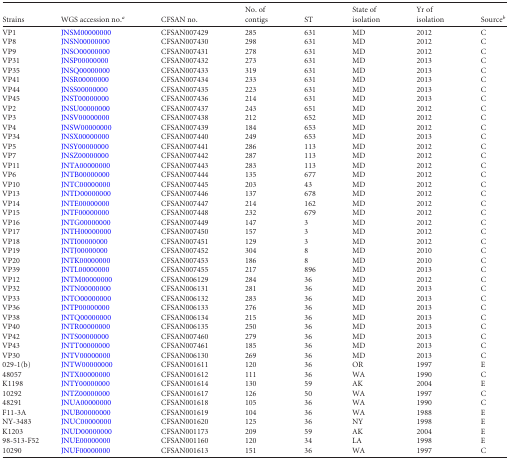
<table><thead><tr><td><b>Strains</b></td><td><b>WGS accession no.<sup><i>a</i></sup></b></td><td><b>CFSAN no.</b></td><td><b>No. of contigs</b></td><td><b>ST</b></td><td><b>State of isolation</b></td><td><b>Yr of isolation</b></td><td><b>Source<sup><i>b</i></sup></b></td></tr></thead><tbody><tr><td>VP1</td><td>JNSM00000000</td><td>CFSAN007429</td><td>285</td><td>631</td><td>MD</td><td>2012</td><td>C</td></tr><tr><td>VP8</td><td>JNSN00000000</td><td>CFSAN007430</td><td>298</td><td>631</td><td>MD</td><td>2012</td><td>C</td></tr><tr><td>VP9</td><td>JNSO00000000</td><td>CFSAN007431</td><td>278</td><td>631</td><td>MD</td><td>2012</td><td>C</td></tr><tr><td>VP31</td><td>JNSP00000000</td><td>CFSAN007432</td><td>273</td><td>631</td><td>MD</td><td>2013</td><td>C</td></tr><tr><td>VP35</td><td>JNSQ00000000</td><td>CFSAN007433</td><td>319</td><td>631</td><td>MD</td><td>2013</td><td>C</td></tr><tr><td>VP41</td><td>JNSR00000000</td><td>CFSAN007434</td><td>233</td><td>631</td><td>MD</td><td>2013</td><td>C</td></tr><tr><td>VP44</td><td>JNSS00000000</td><td>CFSAN007435</td><td>223</td><td>631</td><td>MD</td><td>2013</td><td>C</td></tr><tr><td>VP45</td><td>JNST00000000</td><td>CFSAN007436</td><td>214</td><td>631</td><td>MD</td><td>2013</td><td>C</td></tr><tr><td>VP2</td><td>JNSU00000000</td><td>CFSAN007437</td><td>243</td><td>651</td><td>MD</td><td>2012</td><td>C</td></tr><tr><td>VP3</td><td>JNSV00000000</td><td>CFSAN007438</td><td>212</td><td>652</td><td>MD</td><td>2012</td><td>C</td></tr><tr><td>VP4</td><td>JNSW00000000</td><td>CFSAN007439</td><td>184</td><td>653</td><td>MD</td><td>2012</td><td>C</td></tr><tr><td>VP34</td><td>JNSX00000000</td><td>CFSAN007440</td><td>249</td><td>653</td><td>MD</td><td>2013</td><td>C</td></tr><tr><td>VP5</td><td>JNSY00000000</td><td>CFSAN007441</td><td>286</td><td>113</td><td>MD</td><td>2012</td><td>C</td></tr><tr><td>VP7</td><td>JNSZ00000000</td><td>CFSAN007442</td><td>287</td><td>113</td><td>MD</td><td>2012</td><td>C</td></tr><tr><td>VP11</td><td>JNTA00000000</td><td>CFSAN007443</td><td>283</td><td>113</td><td>MD</td><td>2012</td><td>C</td></tr><tr><td>VP6</td><td>JNTB00000000</td><td>CFSAN007444</td><td>135</td><td>677</td><td>MD</td><td>2012</td><td>C</td></tr><tr><td>VP10</td><td>JNTC00000000</td><td>CFSAN007445</td><td>203</td><td>43</td><td>MD</td><td>2012</td><td>C</td></tr><tr><td>VP13</td><td>JNTD00000000</td><td>CFSAN007446</td><td>137</td><td>678</td><td>MD</td><td>2012</td><td>C</td></tr><tr><td>VP14</td><td>JNTE00000000</td><td>CFSAN007447</td><td>214</td><td>162</td><td>MD</td><td>2012</td><td>C</td></tr><tr><td>VP15</td><td>JNTF00000000</td><td>CFSAN007448</td><td>232</td><td>679</td><td>MD</td><td>2012</td><td>C</td></tr><tr><td>VP16</td><td>JNTG00000000</td><td>CFSAN007449</td><td>147</td><td>3</td><td>MD</td><td>2012</td><td>C</td></tr><tr><td>VP17</td><td>JNTH00000000</td><td>CFSAN007450</td><td>157</td><td>3</td><td>MD</td><td>2012</td><td>C</td></tr><tr><td>VP18</td><td>JNTI00000000</td><td>CFSAN007451</td><td>129</td><td>3</td><td>MD</td><td>2012</td><td>C</td></tr><tr><td>VP19</td><td>JNTJ00000000</td><td>CFSAN007452</td><td>304</td><td>8</td><td>MD</td><td>2010</td><td>C</td></tr><tr><td>VP20</td><td>JNTK00000000</td><td>CFSAN007453</td><td>186</td><td>8</td><td>MD</td><td>2010</td><td>C</td></tr><tr><td>VP39</td><td>JNTL00000000</td><td>CFSAN007455</td><td>217</td><td>896</td><td>MD</td><td>2013</td><td>C</td></tr><tr><td>VP12</td><td>JNTM00000000</td><td>CFSAN006129</td><td>284</td><td>36</td><td>MD</td><td>2012</td><td>C</td></tr><tr><td>VP32</td><td>JNTN00000000</td><td>CFSAN006131</td><td>281</td><td>36</td><td>MD</td><td>2013</td><td>C</td></tr><tr><td>VP33</td><td>JNTO00000000</td><td>CFSAN006132</td><td>283</td><td>36</td><td>MD</td><td>2013</td><td>C</td></tr><tr><td>VP36</td><td>JNTP00000000</td><td>CFSAN006133</td><td>276</td><td>36</td><td>MD</td><td>2013</td><td>C</td></tr><tr><td>VP38</td><td>JNTQ00000000</td><td>CFSAN006134</td><td>215</td><td>36</td><td>MD</td><td>2013</td><td>C</td></tr><tr><td>VP40</td><td>JNTR00000000</td><td>CFSAN006135</td><td>250</td><td>36</td><td>MD</td><td>2013</td><td>C</td></tr><tr><td>VP42</td><td>JNTS00000000</td><td>CFSAN007460</td><td>279</td><td>36</td><td>MD</td><td>2013</td><td>C</td></tr><tr><td>VP43</td><td>JNTT00000000</td><td>CFSAN007461</td><td>185</td><td>36</td><td>MD</td><td>2013</td><td>C</td></tr><tr><td>VP30</td><td>JNTV00000000</td><td>CFSAN006130</td><td>269</td><td>36</td><td>MD</td><td>2013</td><td>C</td></tr><tr><td>029-1(b)</td><td>JNTW00000000</td><td>CFSAN001611</td><td>120</td><td>36</td><td>OR</td><td>1997</td><td>E</td></tr><tr><td>48057</td><td>JNTX00000000</td><td>CFSAN001612</td><td>111</td><td>36</td><td>WA</td><td>1990</td><td>C</td></tr><tr><td>K1198</td><td>JNTY00000000</td><td>CFSAN001614</td><td>130</td><td>59</td><td>AK</td><td>2004</td><td>E</td></tr><tr><td>10292</td><td>JNTZ00000000</td><td>CFSAN001617</td><td>126</td><td>50</td><td>WA</td><td>1997</td><td>C</td></tr><tr><td>48291</td><td>JNUA00000000</td><td>CFSAN001618</td><td>105</td><td>36</td><td>WA</td><td>1990</td><td>C</td></tr><tr><td>F11-3A</td><td>JNUB00000000</td><td>CFSAN001619</td><td>104</td><td>36</td><td>WA</td><td>1988</td><td>E</td></tr><tr><td>NY-3483</td><td>JNUC00000000</td><td>CFSAN001620</td><td>125</td><td>36</td><td>NY</td><td>1998</td><td>E</td></tr><tr><td>K1203</td><td>JNUD00000000</td><td>CFSAN001173</td><td>209</td><td>59</td><td>AK</td><td>2004</td><td>E</td></tr><tr><td>98-513-F52</td><td>JNUE00000000</td><td>CFSAN001160</td><td>120</td><td>34</td><td>LA</td><td>1998</td><td>E</td></tr><tr><td>10290</td><td>JNUF00000000</td><td>CFSAN001613</td><td>151</td><td>36</td><td>WA</td><td>1997</td><td>C</td></tr></tbody></table>